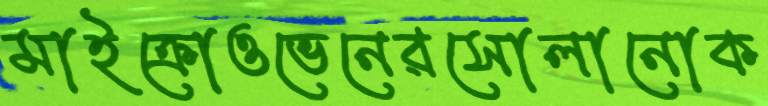
মাইক্রোওভেনেরসোলানোক